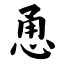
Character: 恿